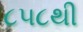
૮૫૮થી